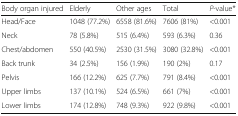
<table><thead><tr><td><b>Body organ injured</b></td><td><b>Elderly</b></td><td><b>Other ages</b></td><td><b>Total</b></td><td><b><i>P</i>-value*</b></td></tr></thead><tbody><tr><td>Head/Face</td><td>1048 (77.2%)</td><td>6558 (81.6%)</td><td>7606 (81%)</td><td>&lt;0.001</td></tr><tr><td>Neck</td><td>78 (5.8%)</td><td>515 (6.4%)</td><td>593 (6.3%)</td><td>0.36</td></tr><tr><td>Chest/abdomen</td><td>550 (40.5%)</td><td>2530 (31.5%)</td><td>3080 (32.8%)</td><td>&lt;0.001</td></tr><tr><td>Back trunk</td><td>34 (2.5%)</td><td>156 (1.9%)</td><td>190 (2%)</td><td>0.17</td></tr><tr><td>Pelvis</td><td>166 (12.2%)</td><td>625 (7.7%)</td><td>791 (8.4%)</td><td>&lt;0.001</td></tr><tr><td>Upper limbs</td><td>137 (10.1%)</td><td>524 (6.5%)</td><td>661 (7%)</td><td>&lt;0.001</td></tr><tr><td>Lower limbs</td><td>174 (12.8%)</td><td>748 (9.3%)</td><td>922 (9.8%)</td><td>&lt;0.001</td></tr></tbody></table>